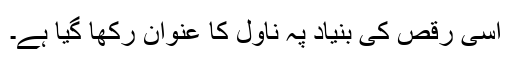
اسی رقص کی بنیاد پہ ناول کا عنوان رکھا گیا ہے۔